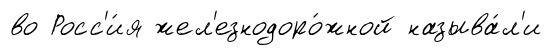
во Росс'и́я жел'езнодоро́жной называ́л'и